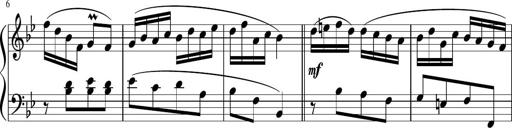
Title: 12 Keyboard Sonatinas
Composer: James Hook